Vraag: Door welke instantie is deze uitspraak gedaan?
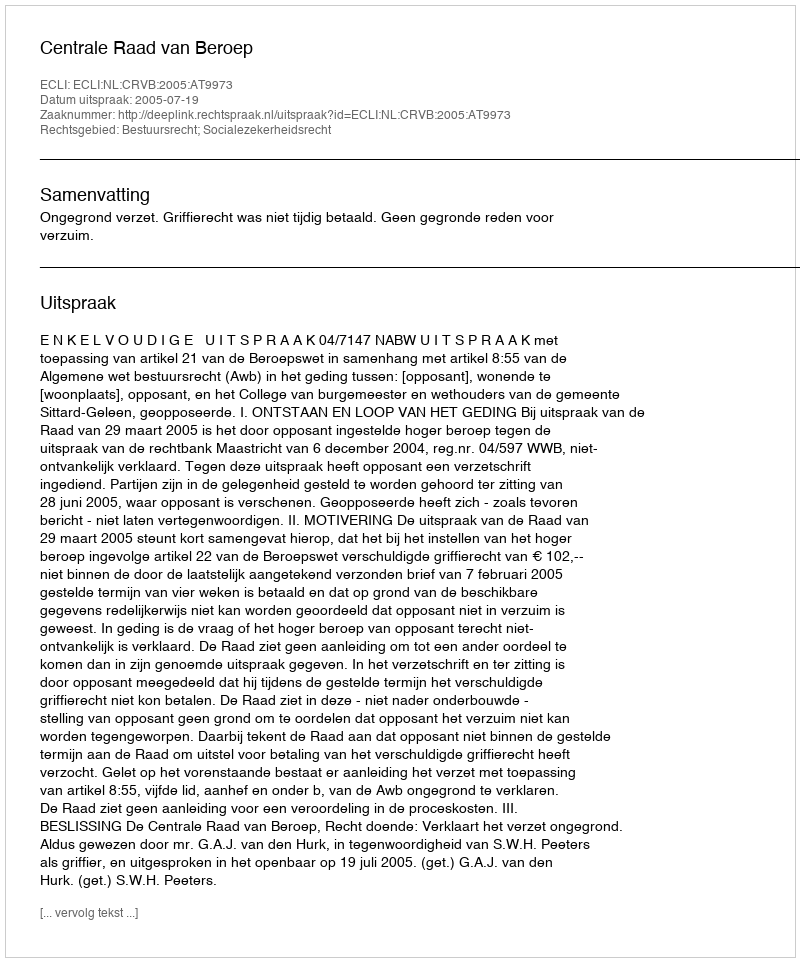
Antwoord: Centrale Raad van Beroep